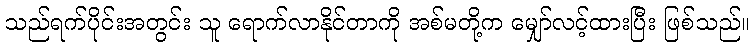
သည်ရက်ပိုင်းအတွင်း သူ ရောက်လာနိုင်တာကို အစ်မတို့က မျှော်လင့်ထားပြီး ဖြစ်သည်။